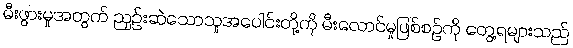
မီးဖွားမှုအတွက် ညှဉ်းဆဲသောသူအပေါင်းတို့ကို မီးလောင်မှုဖြစ်စဉ်ကို တွေ့ရများသည်